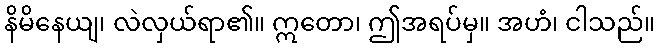
နိမိနေယျ၊ လဲလှယ်ရာ၏။ ဣတော၊ ဤအရပ်မှ။ အဟံ၊ ငါသည်။